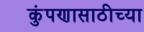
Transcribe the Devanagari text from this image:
कुंपणासाठीच्या